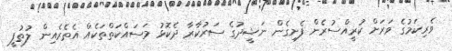
ވެރިކަމުގެ ވަރަށް ކުރީއްސުރެން ފެށިގެން ނަޝީދުގެ ސަރުކާރާ ދެކޮޅު މަސައްކަތްތަކެއް އެތެރެއިން ލުތުފީ